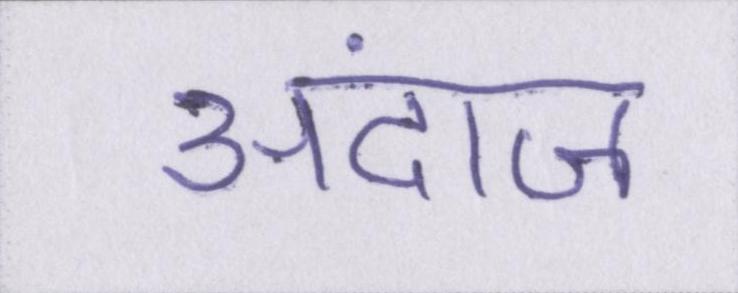
अंदाज